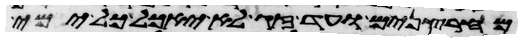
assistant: מחרצנים ועד זג לא יאכל כל ימי